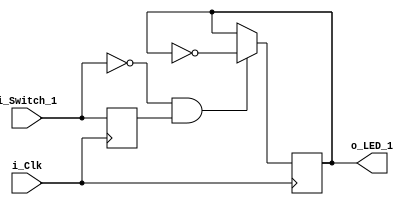
module Clocked_Logic_Intro
  (input  i_Clk,
   input  i_Switch_1,
   output o_LED_1);
                             
  reg r_LED_1    = 1'b0;
  reg r_Switch_1 = 1'b0;
 
  // Purpose: Toggle LED output when i_Switch_1 is released.
  always @(posedge i_Clk)
  begin
    r_Switch_1 <= i_Switch_1;         // Creates a Register
 
    // This conditional expression looks for a falling edge on i_Switch_1.
    // Here, the current value (i_Switch_1) is low, but the previous value
    // (r_Switch_1) is high.  This means that we found a falling edge.
    if (i_Switch_1 == 1'b0 && r_Switch_1 == 1'b1)
    begin
      r_LED_1 <= ~r_LED_1;         // Toggle LED output
    end
  end
 
  assign o_LED_1 = r_LED_1;
 
endmodule